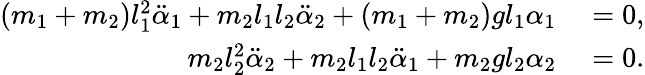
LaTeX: \begin{array}{rl}{(m_{1}+m_{2})l_{1}^{2}\ddot{\alpha}_{1}+m_{2}l_{1}l_{2}\ddot{\alpha}_{2}+(m_{1}+m_{2})gl_{1}\alpha_{1}}&{{}=0,}\\ {m_{2}l_{2}^{2}\ddot{\alpha}_{2}+m_{2}l_{1}l_{2}\ddot{\alpha}_{1}+m_{2}gl_{2}\alpha_{2}}&{{}=0.}\end{array}